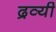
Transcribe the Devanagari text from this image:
द्रव्यी